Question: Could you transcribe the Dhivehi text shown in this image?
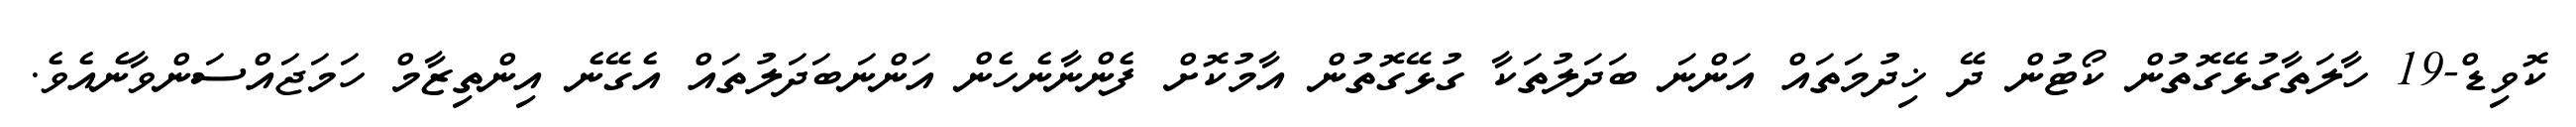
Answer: ކޮވިޑް-19 ހާލަތާގުޅޭގޮތުން ކޯޓުން ދޭ ޚިދުމަތައް އަންނަ ބަދަލުތަކާ ގުޅޭގޮތުން އާމުކޮށް ފެންނާނެހެން އަންނަބަދަލުތައް އެގޭނެ އިންތިޒާމް ހަމަޖައްސަންވާނެއެވެ.